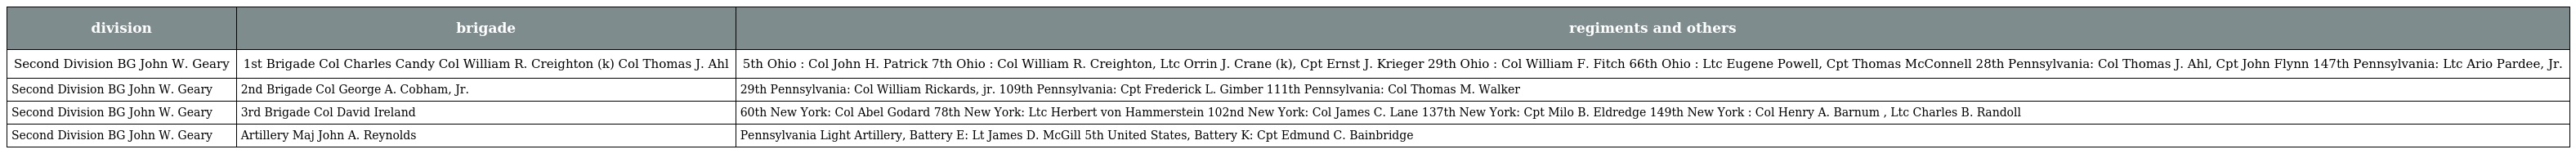
| division | brigade | regiments and others |
 | --- | --- | --- |
 | Second Division BG John W. Geary | 1st Brigade Col Charles Candy Col William R. Creighton (k) Col Thomas J. Ahl | 5th Ohio : Col John H. Patrick 7th Ohio : Col William R. Creighton, Ltc Orrin J. Crane (k), Cpt Ernst J. Krieger 29th Ohio : Col William F. Fitch 66th Ohio : Ltc Eugene Powell, Cpt Thomas McConnell 28th Pennsylvania: Col Thomas J. Ahl, Cpt John Flynn 147th Pennsylvania: Ltc Ario Pardee, Jr. |
 | Second Division BG John W. Geary | 2nd Brigade Col George A. Cobham, Jr. | 29th Pennsylvania: Col William Rickards, jr. 109th Pennsylvania: Cpt Frederick L. Gimber 111th Pennsylvania: Col Thomas M. Walker |
 | Second Division BG John W. Geary | 3rd Brigade Col David Ireland | 60th New York: Col Abel Godard 78th New York: Ltc Herbert von Hammerstein 102nd New York: Col James C. Lane 137th New York: Cpt Milo B. Eldredge 149th New York : Col Henry A. Barnum , Ltc Charles B. Randoll |
 | Second Division BG John W. Geary | Artillery Maj John A. Reynolds | Pennsylvania Light Artillery, Battery E: Lt James D. McGill 5th United States, Battery K: Cpt Edmund C. Bainbridge |